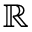
\mathbb { R }